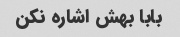
بابا بهش اشاره نکن